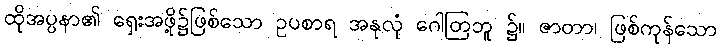
ထိုအပ္ပနာ၏ ရှေးအဖို့၌ဖြစ်သော ဥပစာရ အနုလုံ ဂေါတြဘူ ၌။ ဇာတာ၊ ဖြစ်ကုန်သော